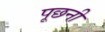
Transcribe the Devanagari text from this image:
पूछनी